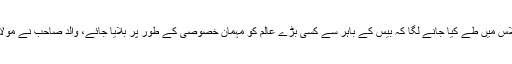
غالباً 1980ء میں سیرت کانفرنس ہونے لگی تو سرکاری اجلاس میں طے کیا جانے لگا کہ بیس کے باہر سے کسی بڑے عالم کو مہمان خصوصی کے طور پر بلایا جائے، والد صاحب نے مولانا سلیم اللہ خان صاحب کا نام تجویز کیا جو منظور کر لیا گیا۔